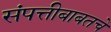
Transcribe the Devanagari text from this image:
संपत्तीबाबतचे